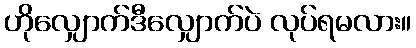
ဟိုလျှောက်ဒီလျှောက်ပဲ လုပ်ရမလား။